Veterinary regulations India, 1939 -
Year: 1939
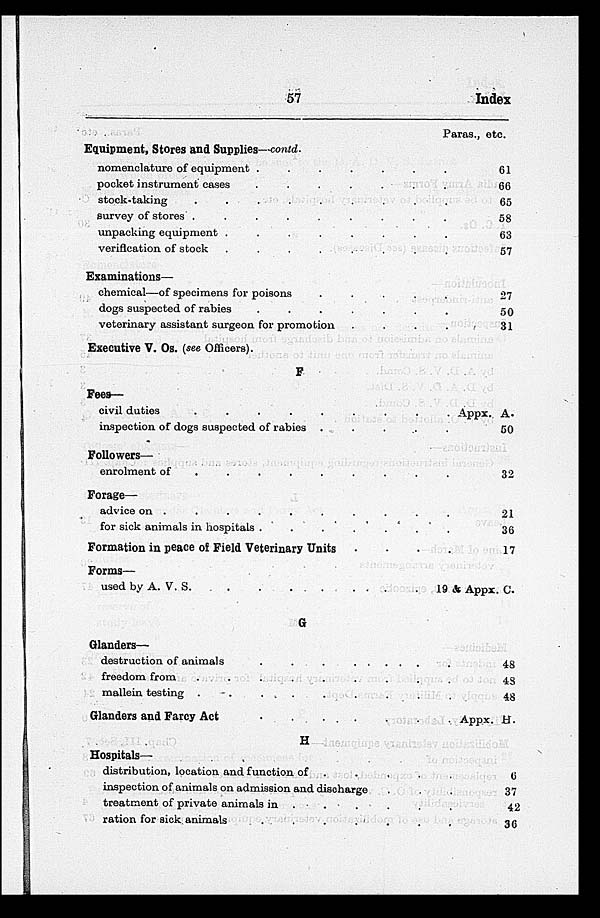
57
Index
Equipment, Stores and Supplies—contd.
nomenclature of equipment . . . . .
pocket instrument cases . . . . .
stock-taking . . . . .
survey of stores . . . . .
unpacking equipment . . . . .
verification of stock . . . . .
Examinations—
chemical—of specimens for poisons . . . . .
dogs suspected of rabies . . . . .
veterinary assistant surgeon for promotion . .
Executive V. Os. (see Officers).
F
Fees—
civil duties . . . . .
inspection of dogs suspected of rabies . . . . .
Followers—
enrolment of . . . . .
Forage—
advice on . . . . . . . . . .
for sick animals in hospitals . . . . .
Formation in peace of Field Veterinary Units . .
Forms—
used by A. V. S. . . . . .
G
Glanders—
destruction of animals . . . . .
freedom from . . . . .
mallein testing . . . . .
Glanders and Farcy Act . . . . .
H
Hospitals—
distribution, location and function of . . .
inspection of animals on admission and discharge . . .
treatment of private animals in . . . . .
ration for sick animals
.
.
.
.
.
Paras., etc.
61
66
65
58
63
57
27
50
31
Appx. A.
50
32
21
36
17
19 & Appx. C
48
43
48
Appx. H.
6
37
42
36